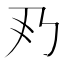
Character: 𠂐